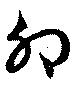
卯